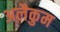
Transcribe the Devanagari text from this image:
अलैकुम